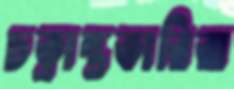
চক্রান্তকারিরা